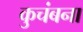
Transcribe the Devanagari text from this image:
कुचंबना